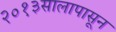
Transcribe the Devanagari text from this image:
२०१३सालापासून